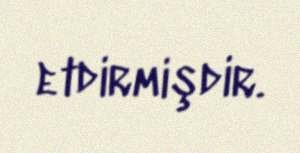
etdirmişdir.